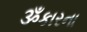
ૐકારના